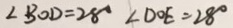
\angle B O D = 2 8 ^ { \circ } \angle D O E = 2 8 ^ { \circ }